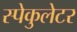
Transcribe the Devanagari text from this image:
स्पेकुलेटर